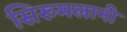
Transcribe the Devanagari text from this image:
सिरुमलानी